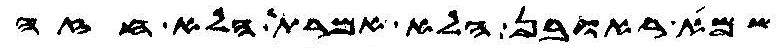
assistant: שמא ראובן הלא אמרת הלא חזה